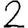
Digit: 2